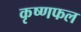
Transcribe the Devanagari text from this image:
कृष्णफल